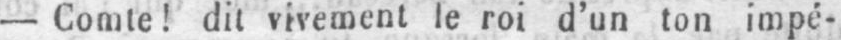
- Comte! dit vivement le roi d’un ton impé-